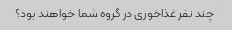
چند نفر غذاخوری در گروه شما خواهند بود؟